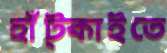
হাঁট্‌কাইতে